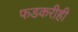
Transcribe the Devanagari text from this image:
फडकरीही